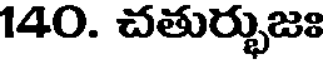
140. చతుర్భుజః